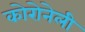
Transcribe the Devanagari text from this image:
कोरोनेली